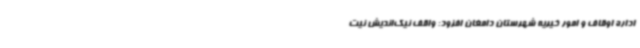
اداره اوقاف و امور خیریه شهرستان دامغان افزود: واقف نیک‌اندیش نیت